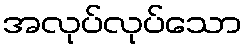
အလုပ်လုပ်သော